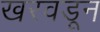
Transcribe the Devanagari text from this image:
खरवडून